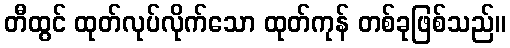
တီထွင် ထုတ်လုပ်လိုက်သော ထုတ်ကုန် တစ်ခုဖြစ်သည်။